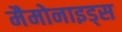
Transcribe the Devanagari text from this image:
मैमोनाइड्स